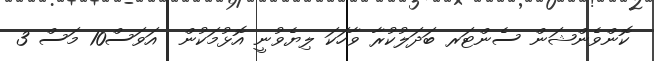
ކޮންވެންޝަން ސެންޓަރ ބަދަލުކުރާ ވާހަކަ ލިޔެވުނީ އޮޅުމަކުން  އަވަސް10 މަސް 3